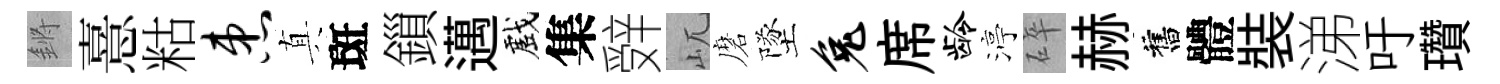
鏘憙䊀患真斑鎻邁戲集辤屼磨墜兔席龄渟碎赫舊體裝涕吁瓚